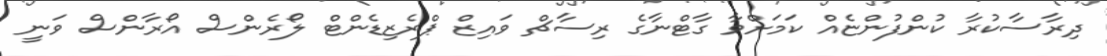
ދިރާސާކުރާ ކުންފުންޏެއް ކަމަށްވާ ގާޓްނާގެ ރިސާޗް ވައިޒް ޕްރެޒިޑެންޓް ލޯރެންސް އޯރާންސް ވަނީ